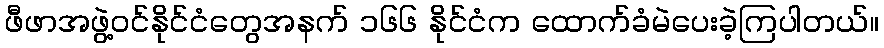
ဖီဖာအဖွဲ့ဝင်နိုင်ငံတွေအနက် ၁၆၆ နိုင်ငံက ထောက်ခံမဲပေးခဲ့ကြပါတယ်။